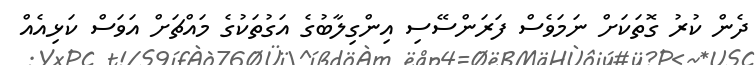
ދެން ކުރު ގޮތަކަށް ނަމަވެސް ފަރަންސޭސި އިންގިލާބުގެ އަގުތަކުގެ މައްޗަށް އަވަސް ކަޅިއެއް